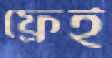
ফ্রেই